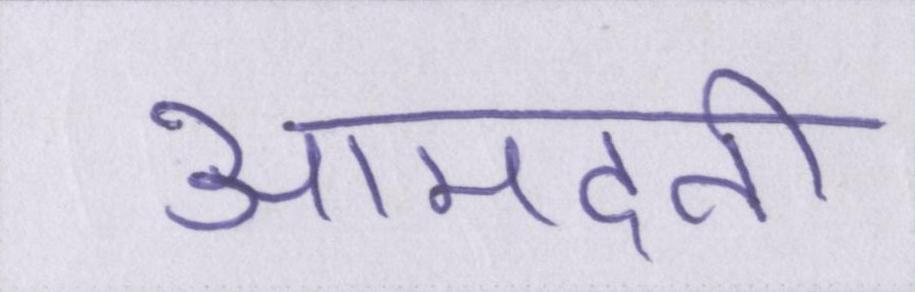
आमदनी